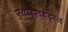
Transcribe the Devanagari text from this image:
फ्ःव्ब्ड्फ्व्बीड्फ्ःव